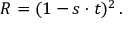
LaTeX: R = ( 1 - s \cdot t ) ^ { 2 } \, .